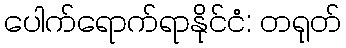
ပေါက်ရောက်ရာနိုင်ငံ: တရုတ်